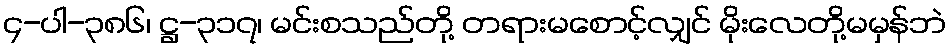
၄-ပါ-၃၈၆၊ ဋ္ဌ-၃၁၇၊ မင်းစသည်တို့ တရားမစောင့်လျှင် မိုးလေတို့မမှန်ဘဲ